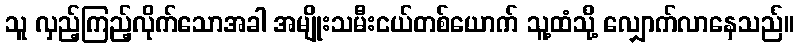
သူ လှည့်ကြည့်လိုက်သောအခါ အမျိုးသမီးငယ်တစ်ယောက် သူ့ထံသို့ လျှောက်လာနေသည်။